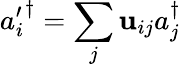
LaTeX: {a_{i}^{\prime}}^{\dagger}=\sum_{j}\mathbf{u}_{ij}a_{j}^{\dagger}